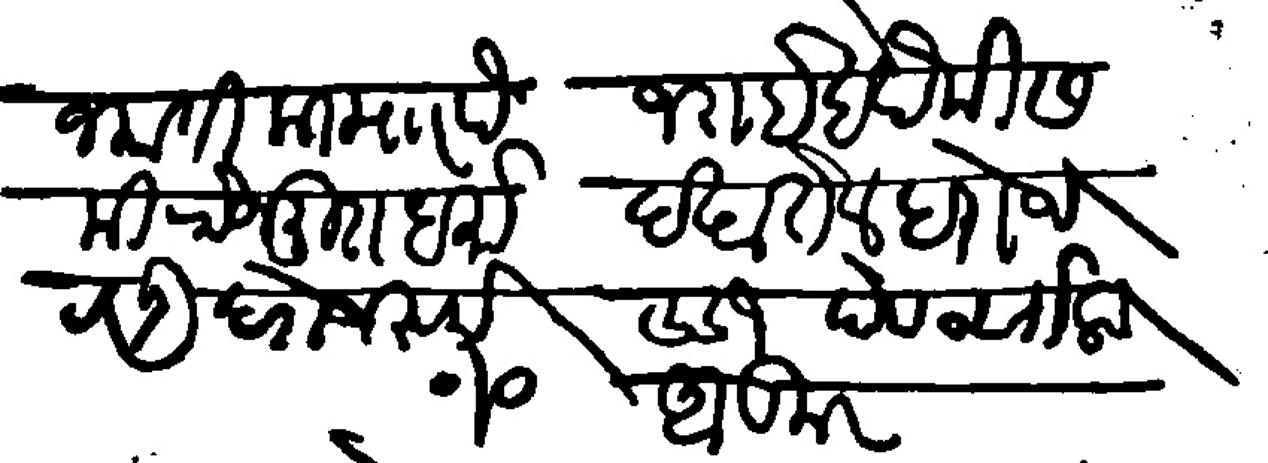
Transliteration (Devanagari): जकाती काा माार पै जराईबपैकी स की रोजमुरा धर्मा दखा तेल दरोज दाऊ दरोज रुके σσ१ दोो वतीला अडमर